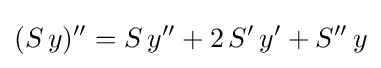
(S\,y)''=S\,y''+2\,S'\,y'+S''\,y